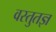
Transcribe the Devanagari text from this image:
वस्तुतज्ञ